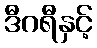
ဒီဂရီနှင့်